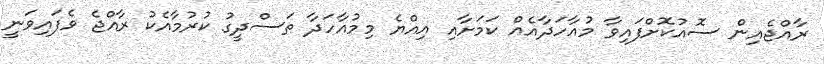
ރާއްޖެއިން ސޮއުކޮށްފައިވާ މުއާހަދާއެއް ކަމަށާއި އިއްޔެ މިމުއާހަދާ ތަސްދީގު ކުރުމާއެކު ރާއްޖެ ވެފައިވަނީ